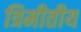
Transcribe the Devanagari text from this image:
त्रिमीतीय